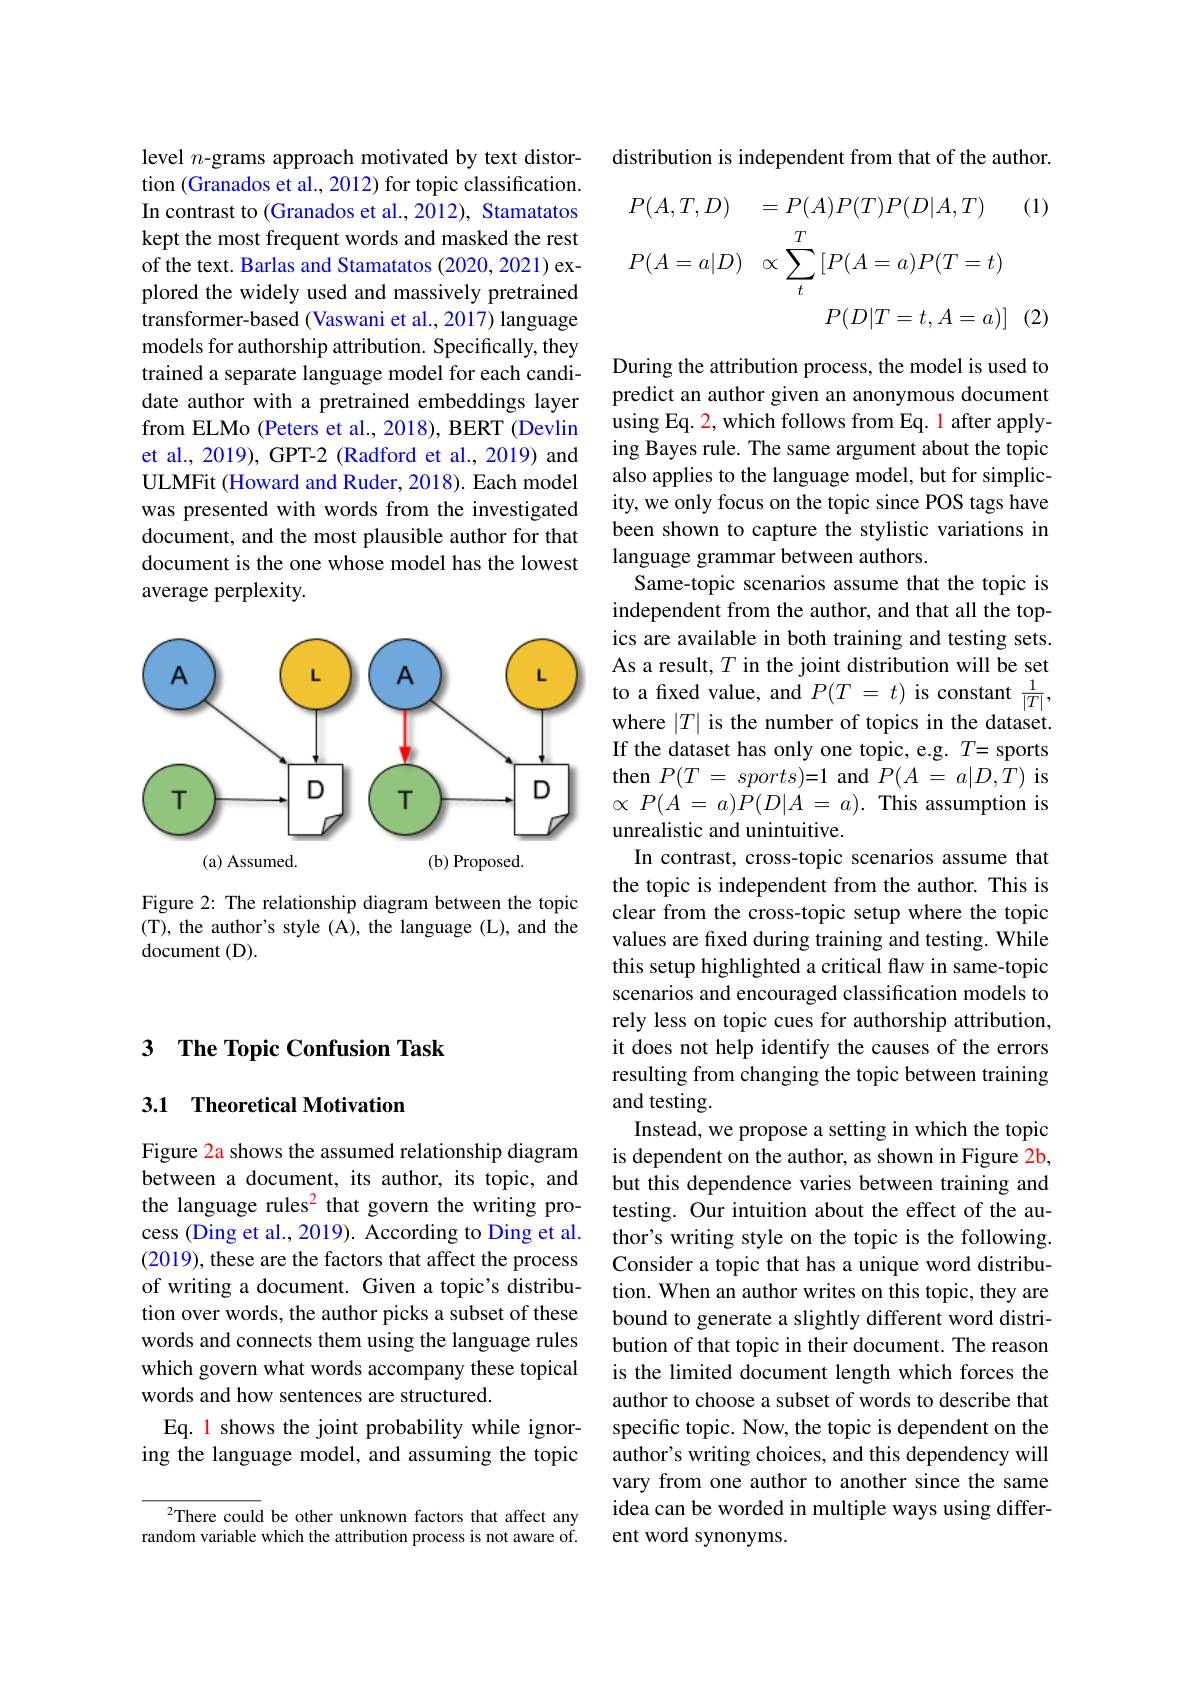
## 3 $\textbf{The Topic Confusion Task}$

## 3.1 Theoretical Motivation

Figure 2a shows the assumed relationship diagram between a document, its author, its topic, and the language rules$^{2}$ that govern the writing process (Ding et al., 2019). According to Ding et al. (2019), these are the factors that affect the process of writing a document. Given a topic's distribution over words, the author picks a subset of these words and connects them using the language rules which govern what words accompany these topical words and how sentences are structured.
Eq. 1 shows the joint probability while ignoring the language model, and assuming the topic

There could be other unknown factors that affect any random variable which the attribution process is not aware of.

level $n$-grams approach motivated by text distortion (Granados et al., 2012) for topic classification. In contrast to (Granados et al.,2012), Stamatatos kept the most frequent words and masked the rest of the text. Barlas and Stamatatos (2020, 2021) explored the widely used and massively pretrained transformer-based (Vaswani et al., 2017) language models for authorship attribution. Specifically, they trained a separate language model for each candidate author with a pretrained embeddings layer from ELMo (Peters et al., 2018), BERT (Devlin et al., 2019), GPT-2 (Radford et al., 2019) and ULMFit (Howard and Ruder, 2018). Each model was presented with words from the investigated document, and the most plausible author for that document is the one whose model has the lowest average perplexity.

<FigureHere>

Figure 2: The relationship diagram between the topic (T), the author's style (A), the language (L), and the $\operatorname{document}($D).

distribution is independent from that of the author.
$$\begin{aligned}&P(A,T,D)&&=P(A)P(T)P(D|A,T)&&\text{(1}\\&P(A=a|D)&&\propto\sum_{t}^{T}\left[P(A=a)P(T=t)\right]\\&&&P(D|T=t,A=a)]\:(2\end{aligned}$$
During the attribution process, the model is used to predict an author given an anonymous document using Eq. 2, which follows from Eq. 1 after applying Bayes rule. The same argument about the topic also applies to the language model, but for simplicity, we only focus on the topic since POS tags have been shown to capture the stylistic variations in language grammar between authors.
Same-topic scenarios assume that the topic is independent from the author, and that all the topics are available in both training and testing sets. As a result, $T$ in the joint distribution will be set to a fixed value, and $P(T=t)$ is constant $\frac1{|T|}$, where $|T|$ is the number of topics in the dataset. If the dataset has only one topic, e.g. $T=$ sports then $P( T$ = $sports) = 1$ and $P( A$ = $a| D, T)$ is $\propto P(A=a)P(D|A=a).$This assumption is unrealistic and unintuitive.
In contrast, cross-topic scenarios assume that the topic is independent from the author. This is clear from the cross-topic setup where the topic values are fixed during training and testing. While this setup highlighted a critical flaw in same-topic scenarios and encouraged classification models to rely less on topic cues for authorship attribution, it does not help identify the causes of the errors resulting from changing the topic between training and testing.
Instead, we propose a setting in which the topic is dependent on the author, as shown in Figure 2b, but this dependence varies between training and testing. Our intuition about the effect of the author's writing style on the topic is the following. Consider a topic that has a unique word distribution. When an author writes on this topic, they are bound to generate a slightly different word distribution of that topic in their document. The reason is the limited document length which forces the author to choose a subset of words to describe that specific topic. Now, the topic is dependent on the author's writing choices, and this dependency will vary from one author to another since the same idea can be worded in multiple ways using different word synonyms.